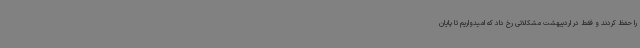
را حفظ کردند و فقط در اردیبهشت مشکلاتی رخ داد که امیدواریم تا پایان